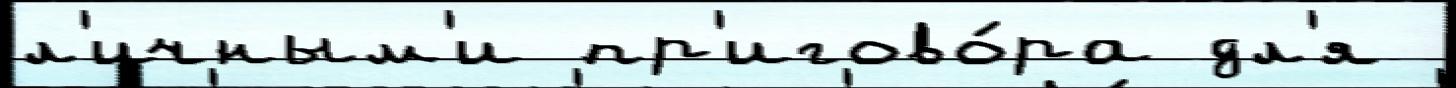
л'ичным'и пр'игово́ра дл'я